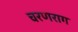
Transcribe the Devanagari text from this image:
चरणराग